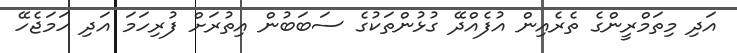
އަދި މިތަމްރީންގެ ތެރެއިން އުފެއްދޭ ގުޅުންތަކުގެ ސަބަބުން އިތުރަށް ފުރިހަމަ އަދި ހަމަޖެހޭ